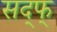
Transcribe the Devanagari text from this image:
सद्फ्